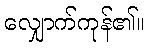
လျှောက်ကုန်၏။